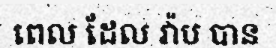
ពេល ដែល វ៉ាប បាន